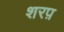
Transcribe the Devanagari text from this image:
शरप़